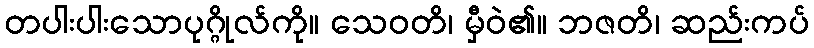
တပါးပါးသောပုဂ္ဂိုလ်ကို။ သေဝတိ၊ မှီဝဲ၏။ ဘဇတိ၊ ဆည်းကပ်